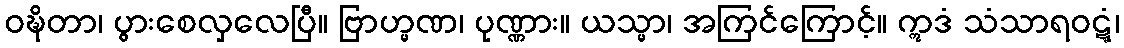
ဝဍ္ဎိတာ၊ ပွားစေလှလေပြီ။ ဗြာဟ္မဏ၊ ပုဏ္ဏား။ ယသ္မာ၊ အကြင်ကြောင့်။ ဣဒံ သံသာရဝဋ္ဋံ၊